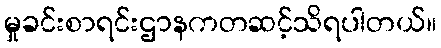
မှုခင်းစာရင်းဌာနကတဆင့်သိရပါတယ်။